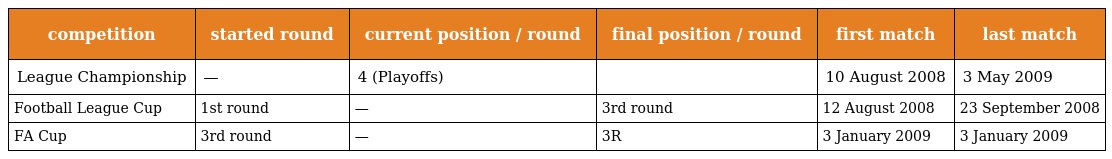
| competition | started round | current position / round | final position / round | first match | last match |
 | --- | --- | --- | --- | --- | --- |
 | League Championship | — | 4 (Playoffs) |  | 10 August 2008 | 3 May 2009 |
 | Football League Cup | 1st round | — | 3rd round | 12 August 2008 | 23 September 2008 |
 | FA Cup | 3rd round | — | 3R | 3 January 2009 | 3 January 2009 |